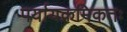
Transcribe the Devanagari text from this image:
पर्यायक्रमिकतः